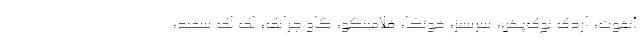
آنقوت، اردک نوک‌پهن، سرسبز، خوتکا، فلامینگو، گاو چرانک، لک لک سفید،